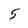
Character: 5